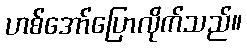
ဟစ်အော်ပြောလိုက်သည်။